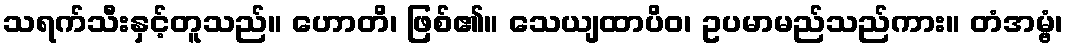
သရက်သီးနှင့်တူသည်။ ဟောတိ၊ ဖြစ်၏။ သေယျထာပိဝ၊ ဥပမာမည်သည်ကား။ တံအမ္ဗံ၊